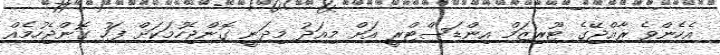
އެހެންވެ ރާއްޖޭގެ ޓޫރިޒަމް އިންޑަސްޓްރީ އަށް މިއަދު މިދަނީ ގޮންޖެހުމަކަށް ފަހު ގޮންޖެހުމެއް